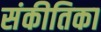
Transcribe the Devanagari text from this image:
संकीतिका